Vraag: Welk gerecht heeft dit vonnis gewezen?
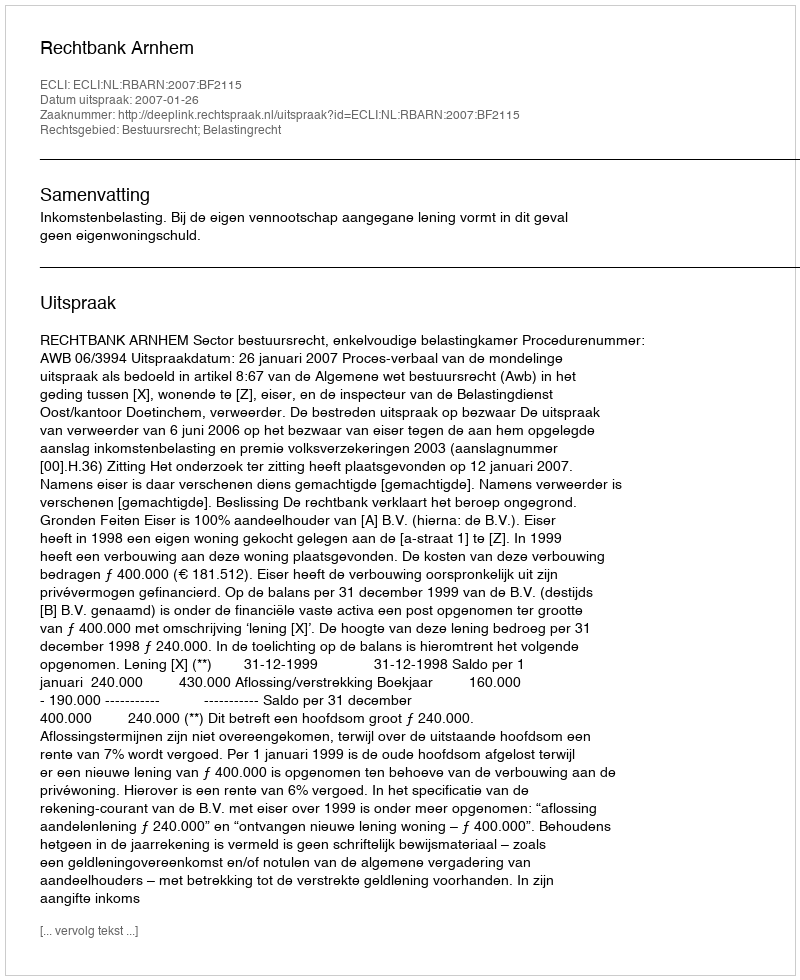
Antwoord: Rechtbank Arnhem